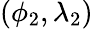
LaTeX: (\phi_{2},\lambda_{2})